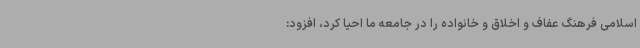
اسلامی فرهنگ عفاف و اخلاق و خانواده را در جامعه ما احیا کرد، افزود: